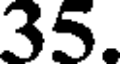
35.